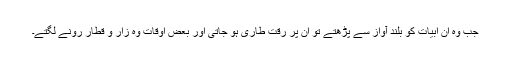
جب وہ ان ابیات کو بلند آواز سے پڑھتے تو ان پر رقت طاری ہو جاتی اور بعض اوقات وہ زار و قطار رونے لگتے۔